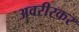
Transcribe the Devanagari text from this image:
अवरीरकर